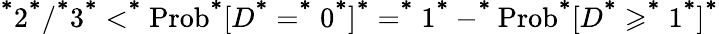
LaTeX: ^{\textbf*}2^{\textbf*}/^{\textbf*}3^{\textbf*}<^{\textbf*}\mathrm{Prob}^{\textbf*}[D^{\textbf*}=^{\textbf*}0^{\textbf*}]^{\textbf*}=^{\textbf*}1^{\textbf*}-^{\textbf*}\mathrm{Prob}^{\textbf*}[D^{\textbf*}\geqslant^{\textbf*}1^{\textbf*}]^{\textbf*}